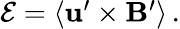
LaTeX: \begin{array}{r}{\mathbf{\mathcal{E}}=\langle\mathbf{u}^{\prime}\times\mathbf{B}^{\prime}\rangle\, .}\end{array}